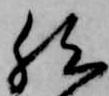
然